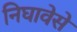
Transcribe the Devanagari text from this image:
निघावेसे